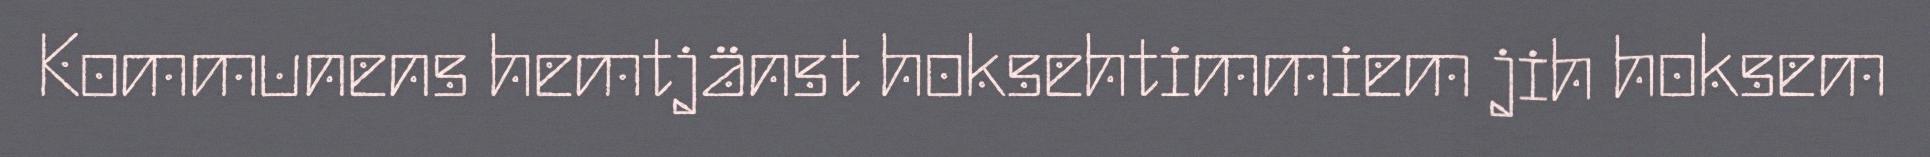
Kommunens hemtjänst hoksehtimmiem jih hoksem